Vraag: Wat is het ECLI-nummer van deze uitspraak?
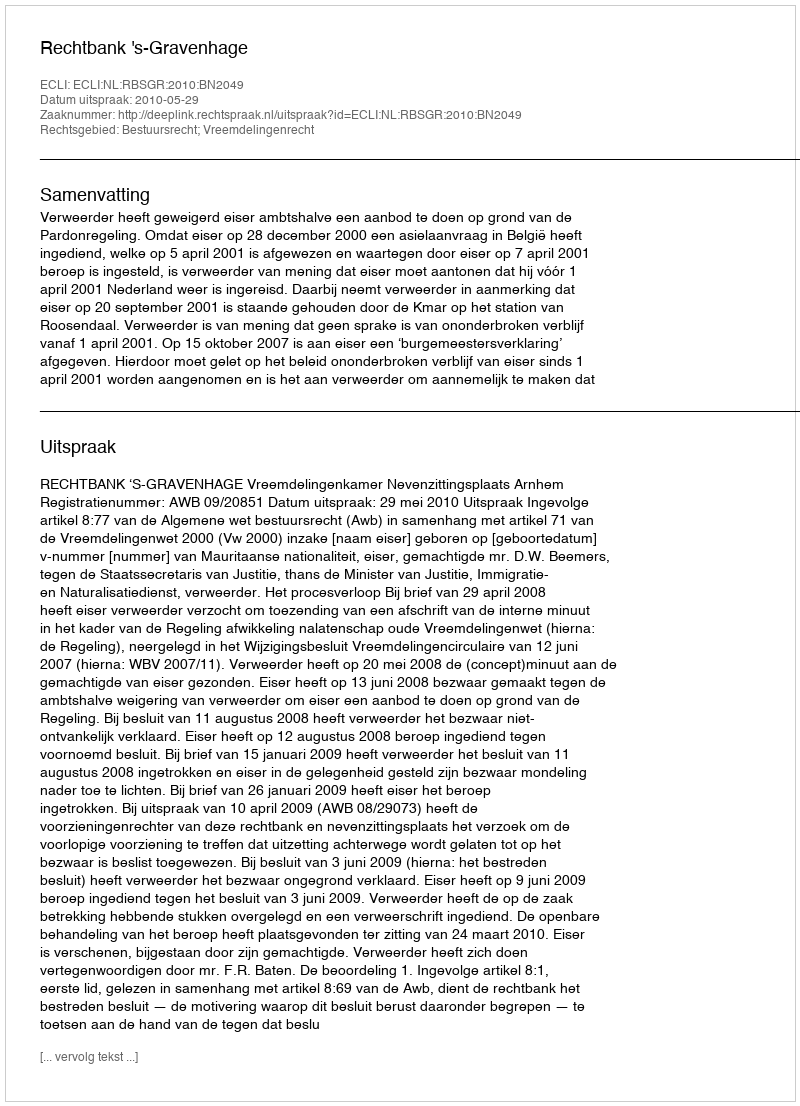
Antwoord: ECLI:NL:RBSGR:2010:BN2049